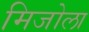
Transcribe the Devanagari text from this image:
मिजोला